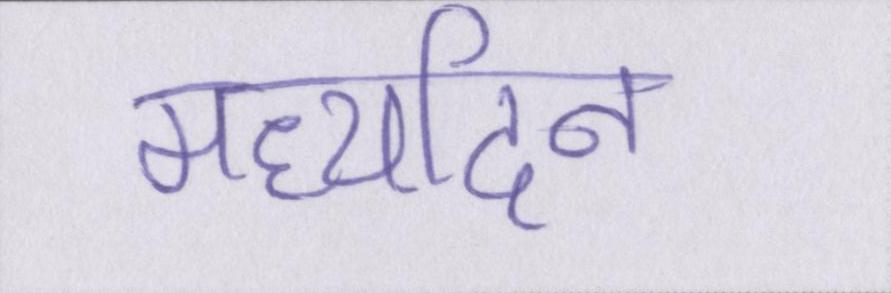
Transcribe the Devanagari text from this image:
मध्यदिन